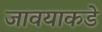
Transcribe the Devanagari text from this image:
जावयाकडे